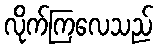
လိုက်ကြလေသည်